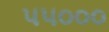
૫૫૦૦૦